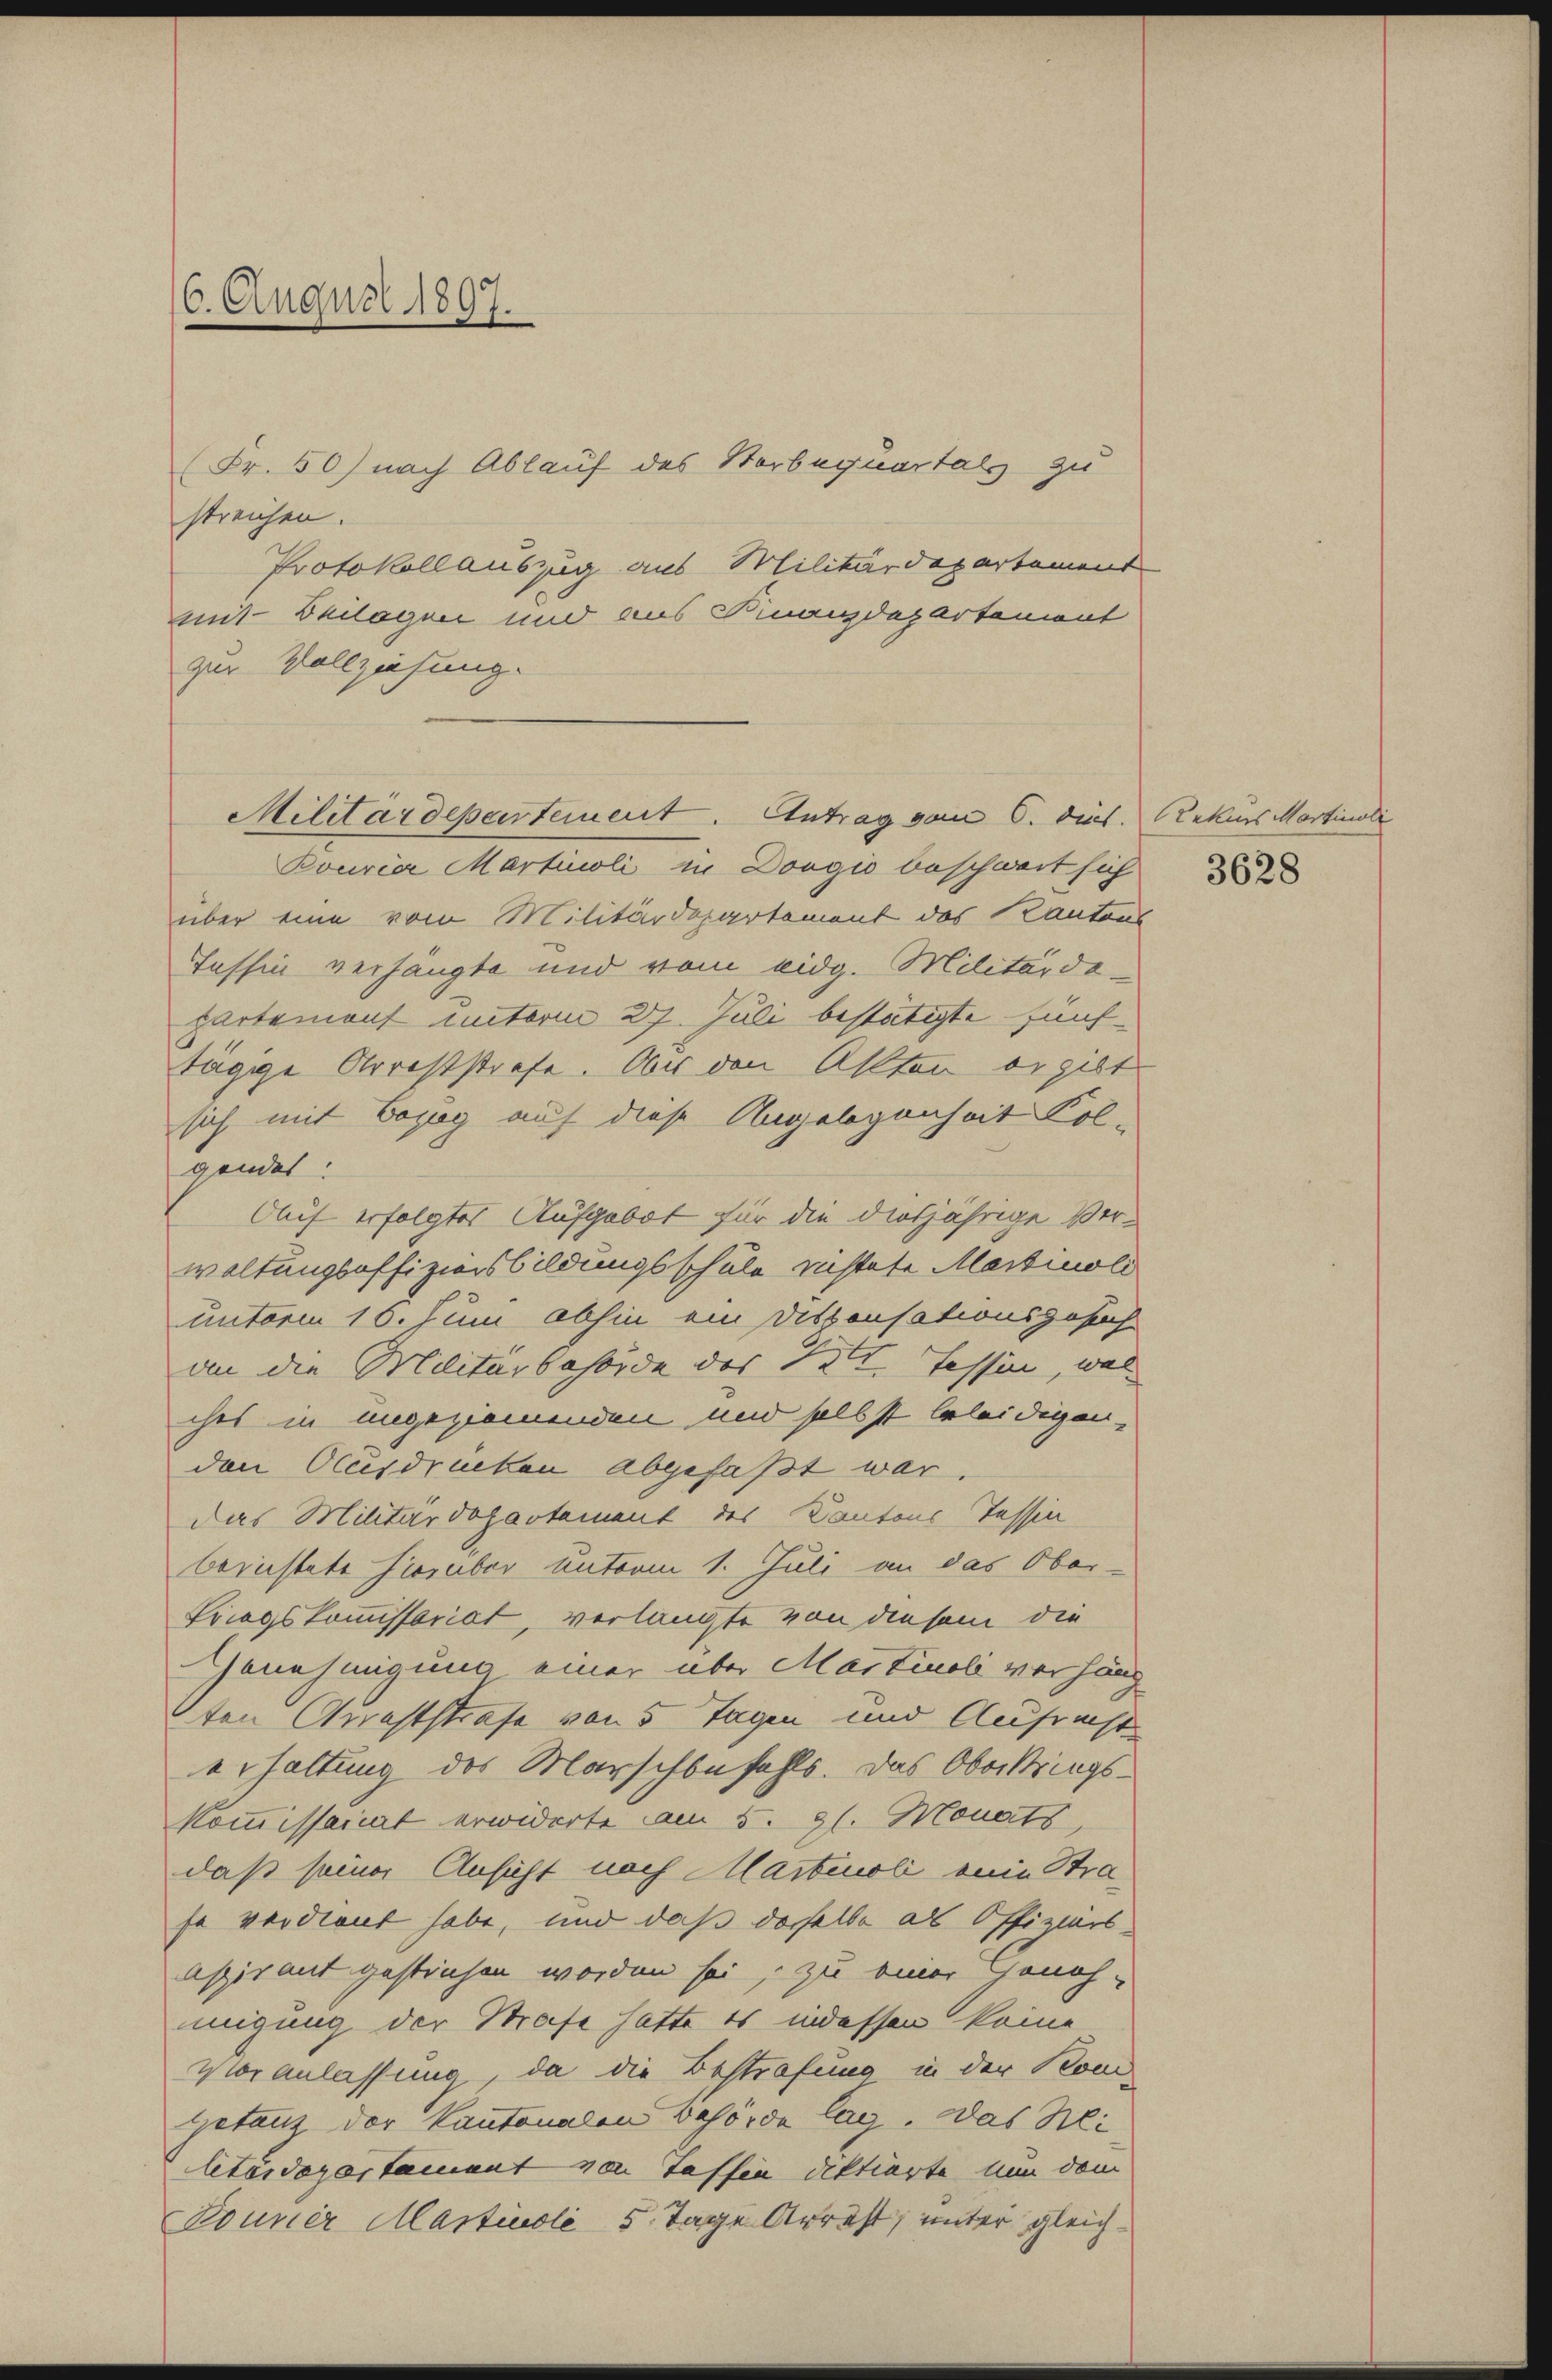
6. August 1897.

Fr. 50) nach Ablauf des Sterbequartals zu
streichen.
Protokollauszug aus Militärdepartement
mit Beilagen und aus Finanzdepartemont
zur Vollziehung.

Bouria Marticoli in Dorgio beschweit sich
über eine vom Militärdepartement des Kantons
Tessin verhängte und vom eidg. Militärdehartemont unterm 27. Juli bestätigte fünftägige Arreststrafe. Aber den Akten ergibt
sich mit Bezug auf diese Angelegenheit Kol-
gendes:
Auf erfolgtes Aufgebot für die diesjährige Verwaltungsoffiziersbildungsschule richtete Martinold
unterm 16. Juni abhin ein Disponsationsgesuch
an die Militärbehörde des St. Tessin, was
ches in angeziemenden und selbst beleidigen,
den Ausdrucken abgefaßt war.
das Militärdepartement des Kantons Tessin
berichtete hierüber unterm 1. Juli an das Ober-
Kriegskommissariat, verlangte von diesem die
Genehmigung einer über Marticoli verhäng
ten Arreststrafe von 5 Tagen und Aufrecht
erhaltung des Marschbefehls. Das Oberkriegs¬
Kommissariat erwiderte am 5. gl. Monats,
daß seiner Ansicht nach Marticoli eine Strafe verdient habe, und daß daselbe als Offiziers
aspirant gestrichen worden sei, zu einer Honoh-
migung der Strafe hatte es indessen keine
Voranlassung, da die Bestrafung in der Koni-
getanz der Kantonalen Behörde lag. Das Rei
letärdepartament von Tassen diktierte nun dem
Bouner Marticoli 5. Tage Arrest, unter gleich¬

Militärdepartement. Antrag vom 6. dies. Rekurs Martinali

3628